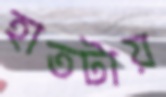
হাতটায়